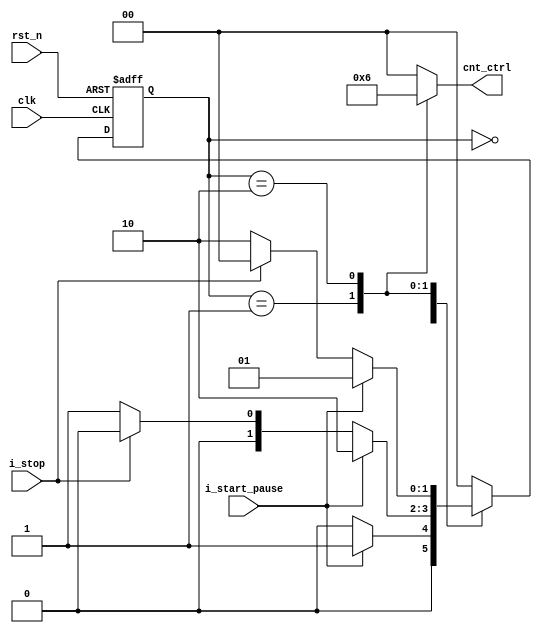
//: 
//: Stop Watch
// : Counter  (prescaler) Finite State Machine (Moore)   
//:  50MHz  

module FSM_Module_StopWatch(
    clk             ,
    rst_n           ,
    i_start_pause   ,
    i_stop          ,
    cnt_ctrl                      
);

input               clk             ;
input               rst_n           ;
input               i_start_pause   ;
input               i_stop          ;

output reg [1:0]    cnt_ctrl        ; //counter control   Counter   

reg [1:0] state, n_state;

//State parameter
parameter IDLE   = 2'b00;
parameter COUNT  = 2'b01;
parameter PAUSE  = 2'b10;

//State register(DFF)
always @(posedge clk or negedge rst_n) begin
    if(~rst_n) begin
        state <= IDLE;
    end else
        state <= n_state;
end

//State logic
    always @(state or i_start_pause or i_stop) begin // state or (i_start_pause or i_stop)  state 
    case(state)
        IDLE:
            if(i_start_pause)
                n_state = COUNT;
            else
                n_state = IDLE;

        COUNT:
            if(i_start_pause)
                n_state = PAUSE;
            else if(i_stop)
                n_state = IDLE;
            else
                n_state = COUNT;

        PAUSE:
            if(i_start_pause)
                n_state <= COUNT;
            else if(i_stop)
                n_state <= IDLE;
            else
                n_state = PAUSE;

        default: n_state = IDLE;

    endcase
end

//Output logic
always @(state) begin
    case(state)
        IDLE: cnt_ctrl = IDLE;

        COUNT: cnt_ctrl = COUNT;

        PAUSE: cnt_ctrl = PAUSE;

        default : cnt_ctrl = IDLE;

    endcase
end

endmodule